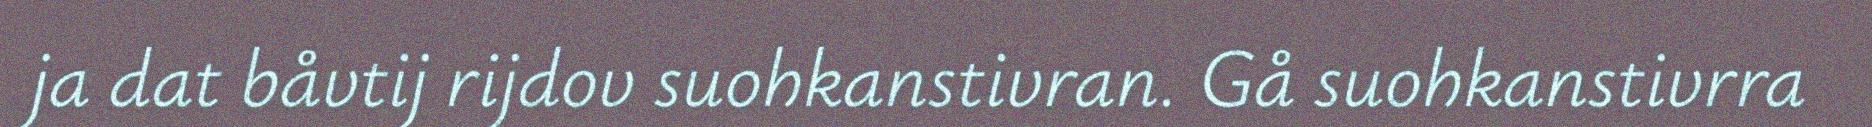
ja dat båvtij rijdov suohkanstivran. Gå suohkanstivrra